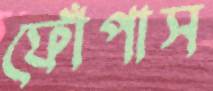
ফোঁপাস